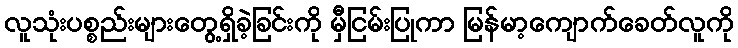
လူသုံးပစ္စည်းများတွေ့ရှိခဲ့ခြင်းကို မှီငြမ်းပြုကာ မြန်မာ့ကျောက်ခေတ်လူကို